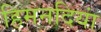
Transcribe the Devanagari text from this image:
हिमनदियां